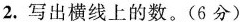
2.写出横线上的数。(6分)